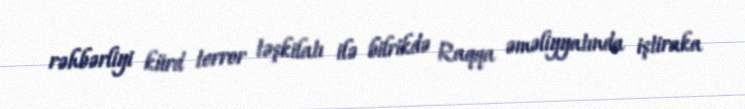
rəhbərliyi kürd terror təşkilatı ilə bilrikdə Raqqa əməliyyatında iştiraka